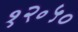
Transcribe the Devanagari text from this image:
१२॰५०